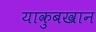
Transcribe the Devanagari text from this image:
याकुबखान